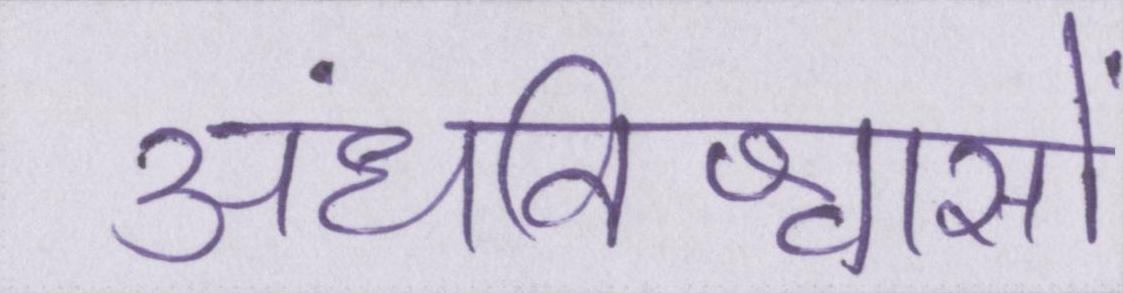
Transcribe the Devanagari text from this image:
अंधविश्वासों